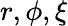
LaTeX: r,\phi,\xi